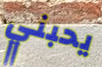
يحبني